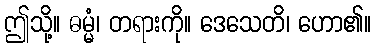
ဤသို့။ ဓမ္မံ၊ တရားကို။ ဒေသေတိ၊ ဟော၏။